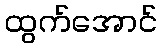
ထွက်အောင်